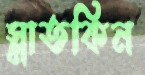
স্লাতকিন